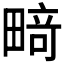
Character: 𰣍